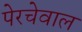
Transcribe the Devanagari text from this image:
पेरचेवाल